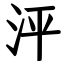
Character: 泙